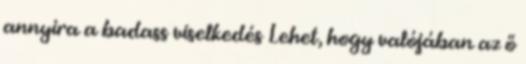
annyira a badass viselkedés Lehet, hogy valójában az ő